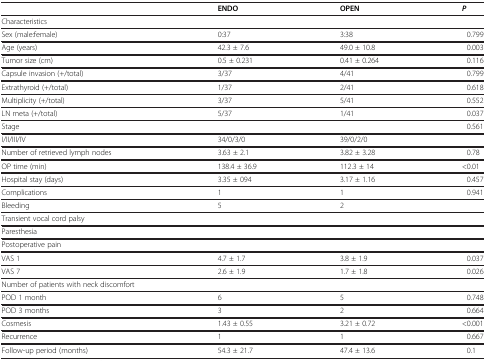
<table><thead><tr><td><b> </b></td><td><b>ENDO</b></td><td><b>OPEN</b></td><td><b><i>P</i></b></td></tr></thead><tbody><tr><td>Characteristics</td><td> </td><td> </td><td> </td></tr><tr><td>Sex (male:female)</td><td>0:37</td><td>3:38</td><td>0.799</td></tr><tr><td>Age (years)</td><td>42.3 ± 7.6</td><td>49.0 ± 10.8</td><td>0.003</td></tr><tr><td>Tumor size (cm)</td><td>0.5 ± 0.231</td><td>0.41 ± 0.264</td><td>0.116</td></tr><tr><td>Capsule invasion (+/total)</td><td>3/37</td><td>4/41</td><td>0.799</td></tr><tr><td>Extrathyroid (+/total)</td><td>1/37</td><td>2/41</td><td>0.618</td></tr><tr><td>Multiplicity (+/total)</td><td>3/37</td><td>5/41</td><td>0.552</td></tr><tr><td>LN meta (+/total)</td><td>5/37</td><td>1/41</td><td>0.037</td></tr><tr><td>Stage</td><td> </td><td> </td><td>0.561</td></tr><tr><td>I/II/III/IV</td><td>34/0/3/0</td><td>39/0/2/0</td><td> </td></tr><tr><td>Number of retrieved lymph nodes</td><td>3.63 ± 2.1</td><td>3.82 ± 3.28</td><td>0.78</td></tr><tr><td>OP time (min)</td><td>138.4 ± 36.9</td><td>112.3 ± 14</td><td>&lt;0.01</td></tr><tr><td>Hospital stay (days)</td><td>3.35 ± 094</td><td>3.17 ± 1.16</td><td>0.457</td></tr><tr><td>Complications</td><td>1</td><td>1</td><td>0.941</td></tr><tr><td>Bleeding</td><td>5</td><td>2</td><td> </td></tr><tr><td>Transient vocal cord palsy</td><td> </td><td> </td><td> </td></tr><tr><td>Paresthesia</td><td> </td><td> </td><td> </td></tr><tr><td>Postoperative pain</td><td> </td><td> </td><td> </td></tr><tr><td>VAS 1</td><td>4.7 ± 1.7</td><td>3.8 ± 1.9</td><td>0.037</td></tr><tr><td>VAS 7</td><td>2.6 ± 1.9</td><td>1.7 ± 1.8</td><td>0.026</td></tr><tr><td>Number of patients with neck discomfort</td><td> </td><td> </td><td> </td></tr><tr><td>POD 1 month</td><td>6</td><td>5</td><td>0.748</td></tr><tr><td>POD 3 months</td><td>3</td><td>2</td><td>0.664</td></tr><tr><td>Cosmesis</td><td>1.43 ± 0.55</td><td>3.21 ± 0.72</td><td>&lt;0.001</td></tr><tr><td>Recurrence</td><td>1</td><td>1</td><td>0.667</td></tr><tr><td>Follow-up period (months)</td><td>54.3 ± 21.7</td><td>47.4 ± 13.6</td><td>0.1</td></tr></tbody></table>